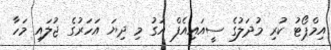
އިމްޕޯޓު ކުރި މުދަލުގެ ސީއައިއެފް އަގު މި ދިޔަ އަހަރުގެ ޖުލައި މަހާ